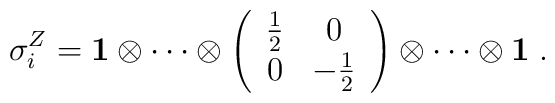
\sigma_{i}^{Z}={\bf 1}\otimes \cdots \otimes \left(\begin{array}{cc} \frac{1}{2}&0\\ 0&-\frac{1}{2} \end{array}\right)\otimes \cdots \otimes{\bf 1}\;.